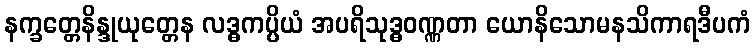
နက္ခတ္တေနိန္ဒုယုတ္တေန လဒ္ဓကပ္ပိယံ အပရိသုဒ္ဓဝဏ္ဏတာ ယောနိသောမနသိကာရဒီပကံ